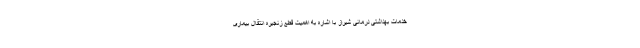
خدمات بهداشتی درمانی شیراز با اشاره به اهمیت قطع زنجیره انتقال بیماری